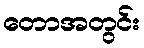
တောအတွင်း